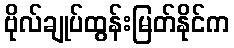
ဗိုလ်ချုပ်ထွန်းမြတ်နိုင်က